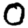
Digit: 0